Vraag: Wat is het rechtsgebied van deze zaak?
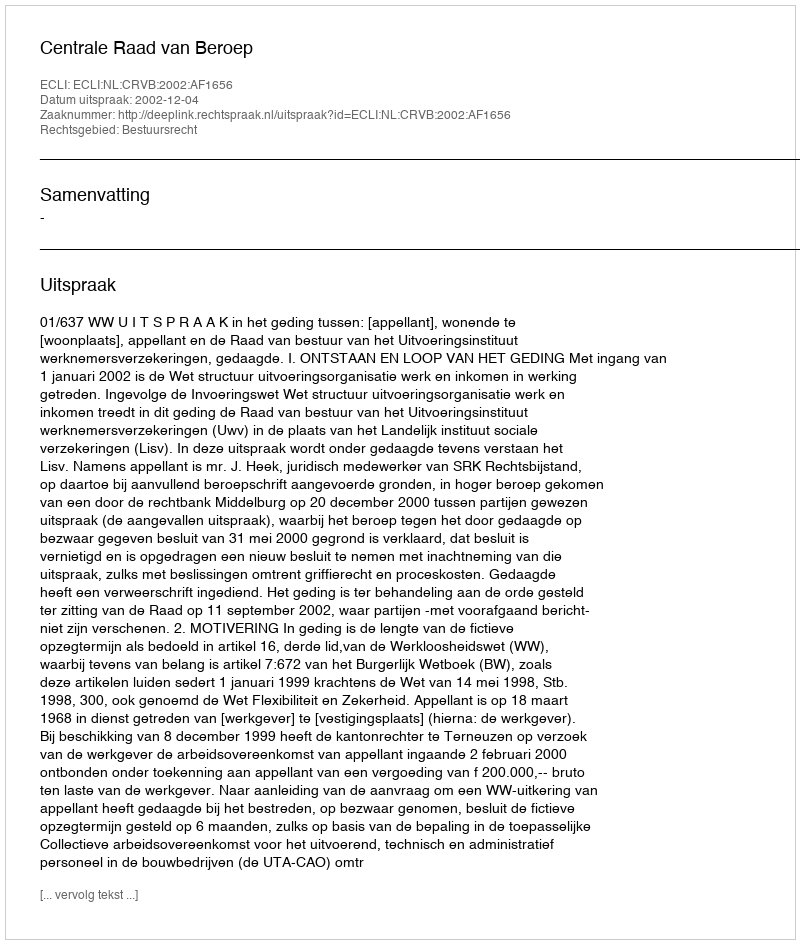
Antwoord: Bestuursrecht